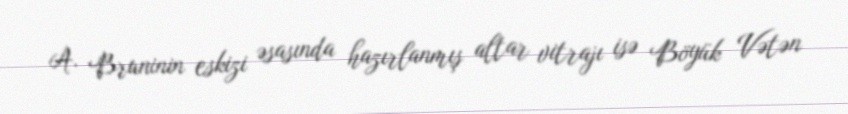
A. Bruninin eskizi əsasında hazırlanmış altar vitrajı isə Böyük Vətən